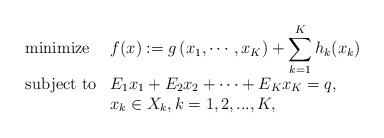
\begin{align*}\begin{array}{ll}\mbox{minimize} & \displaystyle f(x):=g\left(x_1,\cdots, x_K\right)+\sum_{k=1}^{K}h_k(x_k)\\ [10pt]\mbox{subject to} & \displaystyle E_1x_1+E_2x_2+\cdots+E_Kx_K=q,\\& x_k\in X_k,k=1,2,...,K,\end{array}\end{align*}